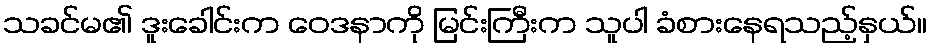
သခင်မ၏ ဒူးခေါင်းက ဝေဒနာကို မြင်းကြီးက သူပါ ခံစားနေရသည့်နှယ်။